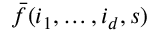
\bar { f } ( i _ { 1 } , \ldots , i _ { d } , s )